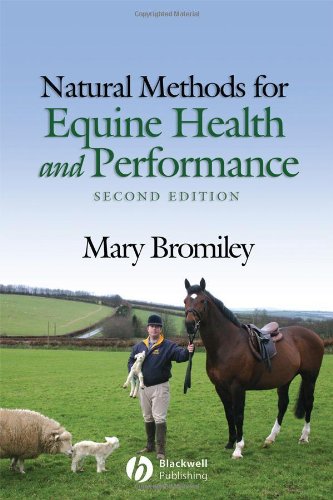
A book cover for Natural Methods for Equine Health and Performance; Mary Bromiley; Crafts, Hobbies & Home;